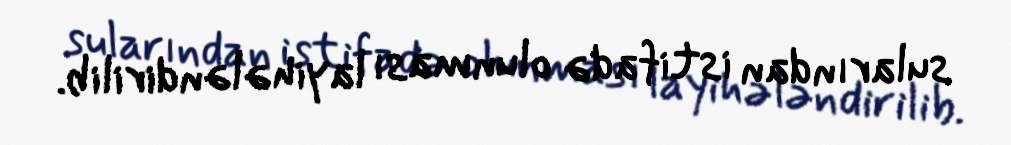
sularından istifadə olunması layihələndirilib.